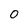
Character: 0